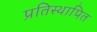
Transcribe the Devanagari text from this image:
प्रतिस्थापित